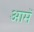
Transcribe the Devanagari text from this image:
आमॅ